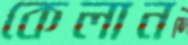
কেলান